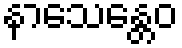
နာသေန္တေဝ